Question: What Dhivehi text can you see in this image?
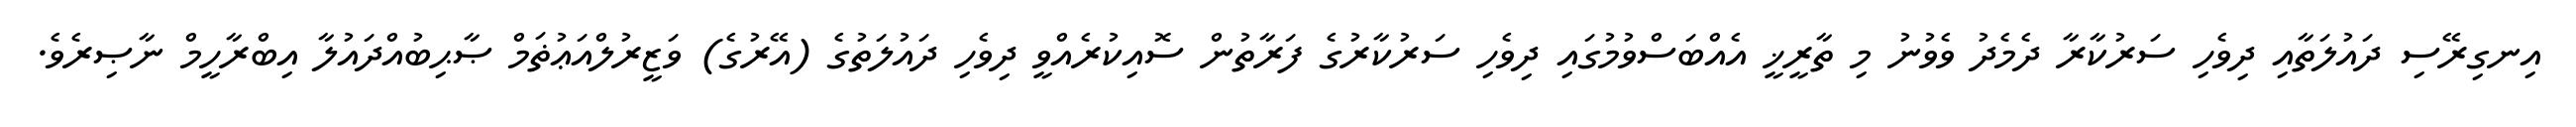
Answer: އިނގިރޭސި ދައުލަތާއި ދިވެހި ސަރުކާރާ ދެމެދު ވެވުނު މި ތާރީޚީ އެއްބަސްވުމުގައި ދިވެހި ސަރުކާރުގެ ފަރާތުން ސޮއިކުރެއްވީ ދިވެހި ދައުލަތުގެ (އޭރުގެ) ވަޒީރުލްއަޢުޡަމް ޞާޙިބުއްދައުލާ އިބްރާހީމް ނާޞިރެވެ.